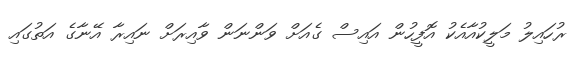
ރުހައިލު މަލީކުއާއެކު އޮފީހުން އައިސް ގެއަށް ވަންނަން ވާއިރަށް ނައިރާ އޭނާގެ އަތުގައި